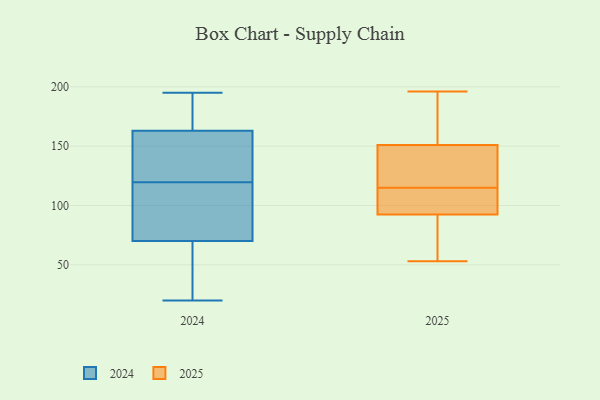
{"axis": {"x": "Latency (ms)", "y": "Value"}, "legend": ["2024", "2025"], "data": [{"x": "", "y": 72, "type": "2025"}, {"x": "", "y": 125, "type": "2025"}, {"x": "", "y": 114, "type": "2025"}, {"x": "", "y": 98, "type": "2025"}, {"x": "", "y": 116, "type": "2025"}, {"x": "", "y": 148, "type": "2025"}, {"x": "", "y": 96, "type": "2025"}, {"x": "", "y": 185, "type": "2025"}, {"x": "", "y": 115, "type": "2025"}, {"x": "", "y": 160, "type": "2025"}, {"x": "", "y": 82, "type": "2025"}, {"x": "", "y": 196, "type": "2025"}, {"x": "", "y": 53, "type": "2025"}, {"x": "", "y": 192, "type": "2024"}, {"x": "", "y": 128, "type": "2024"}, {"x": "", "y": 20, "type": "2024"}, {"x": "", "y": 172, "type": "2024"}, {"x": "", "y": 144, "type": "2024"}, {"x": "", "y": 113, "type": "2024"}, {"x": "", "y": 28, "type": "2024"}, {"x": "", "y": 121, "type": "2024"}, {"x": "", "y": 118, "type": "2024"}, {"x": "", "y": 195, "type": "2024"}, {"x": "", "y": 35, "type": "2024"}, {"x": "", "y": 75, "type": "2024"}, {"x": "", "y": 70, "type": "2024"}, {"x": "", "y": 163, "type": "2024"}]}